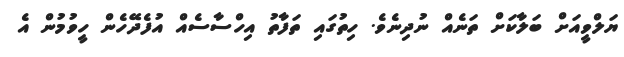
ޔަލްވީއަށް ބަލާކަށް ތަނެއް ނުދިނެވެ. ހިތުގައި ތަފާތު އިހްސާސެއް އުފެދޭހެން ހީވުމުން އެ